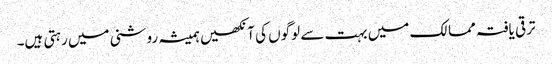
ترقی یافتہ ممالک میں بہت سے لوگوں کی آنکھیں ہمیشہ روشنی میں رہتی ہیں۔